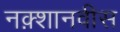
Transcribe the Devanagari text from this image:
नक़्शानवीस